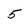
Character: 5